Indian journal of veterinary science and animal husbandry - Volume 5,
Year: 1935
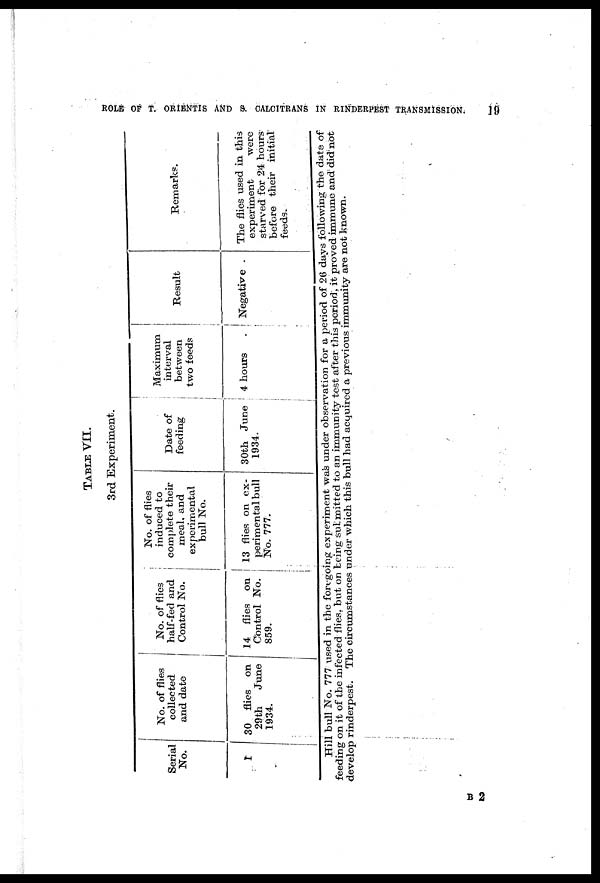
ROLE OF T. ORIENTIS AND S. CALCITRANS IN RINDERPEST TRANSMISSION;
19
TABLE VII.
3rd Experiment.
Serial
No.
1
No. of flies
collected
and date
30 flies on
29th
June
1934.
No. of flies
half-fed and
Control No.
14 flies on
Control No.
859.
No. of flies
induced to
complete their
meal, and
experimental
bull No.
13 flies on ex-
perimental bull
No. 777.
Date of
feeding
30th June
1934.
Maximum
interval
between
two feeds
4 hours .
Result
Negative .
Remarks.
The flies used in this
experiment
were
starved for 24 hours
before their initial
feeds.
Hill bull No. 777 used in the foregoing experiment was under observation for a period of 26 days following the date of
feeding on it of the infected flies, but on being submitted to an immunity test after this period, it proved immune and did not
develop rinderpest. The circumstances under which this bull had acquired a previous immunity are not known.
B 2